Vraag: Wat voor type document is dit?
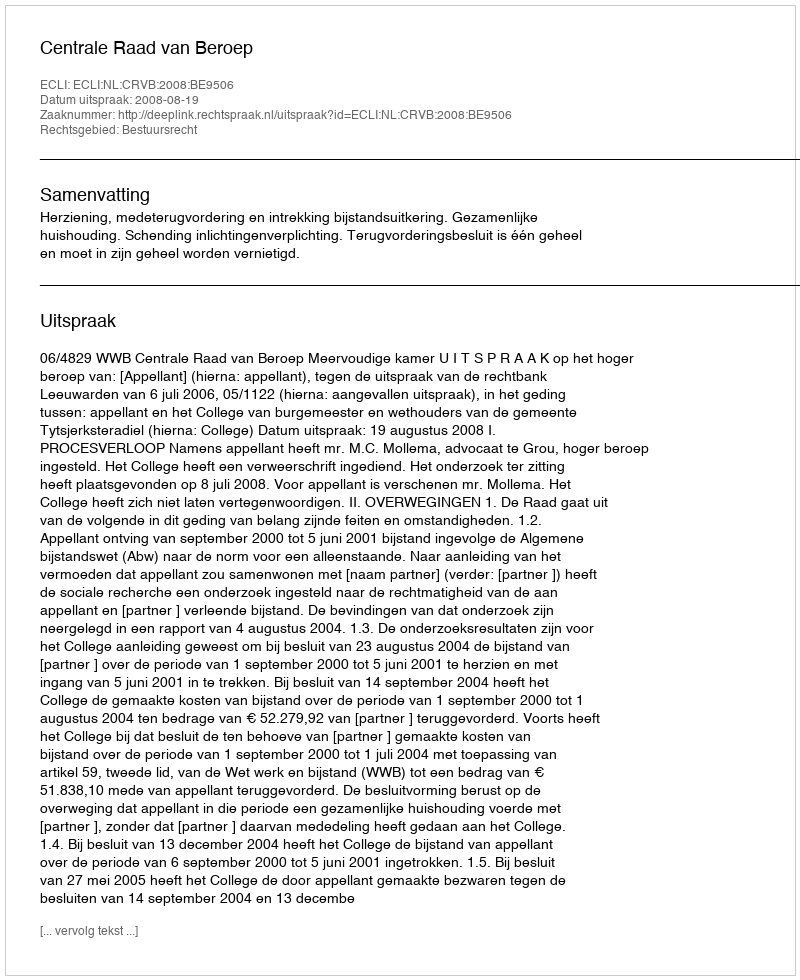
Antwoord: Uitspraak